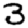
Digit: 3